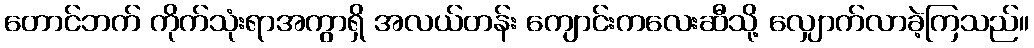
တောင်ဘက် ကိုက်သုံးရာအကွာရှိ အလယ်တန်း ကျောင်းကလေးဆီသို့ လျှောက်လာခဲ့ကြသည်။